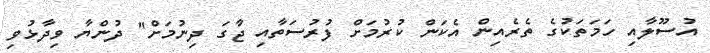
އުސޫލާއި ހަމަތަކުގެ ތެރެއިން އެކަން ކުރުމަށް ފުރުސަތާއި ޖާގަ ދިނުމަށް" ދުންޔާ ވިދާޅުވި